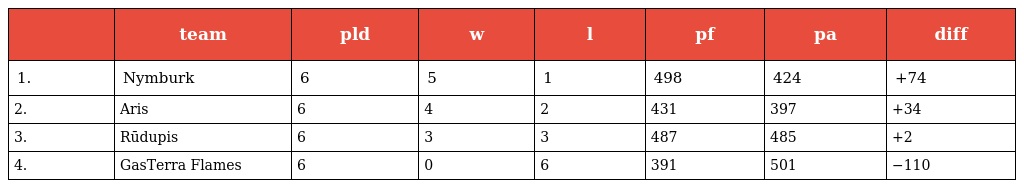
|  | team | pld | w | l | pf | pa | diff |
 | --- | --- | --- | --- | --- | --- | --- | --- |
 | 1. | Nymburk | 6 | 5 | 1 | 498 | 424 | +74 |
 | 2. | Aris | 6 | 4 | 2 | 431 | 397 | +34 |
 | 3. | Rūdupis | 6 | 3 | 3 | 487 | 485 | +2 |
 | 4. | GasTerra Flames | 6 | 0 | 6 | 391 | 501 | −110 |